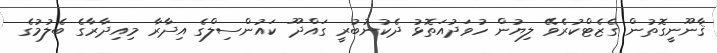
ޤާނޫނީގޮތުން ގެޒެޓްކުރެވޭ ލިޔުން ހުވަދުއަތޮޅު ދެކުނުބުރީ ގައްދޫ ކައުންސިލްގެ އިދާރާ މިއިދާރާގެ ބެލުމުގެ